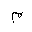
Letter: _mim